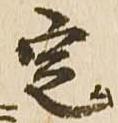
定